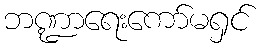
ဘဏ္ဍာရေးကော်မရှင်